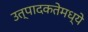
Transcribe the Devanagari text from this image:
उत्पादकतेमध्ये